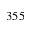
3 5 5